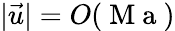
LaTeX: \vert\vec{u}\vert=O(\mathrm{~M~a~})